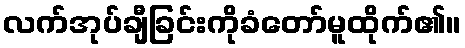
လက်အုပ်ချီခြင်းကိုခံတော်မူထိုက်၏။